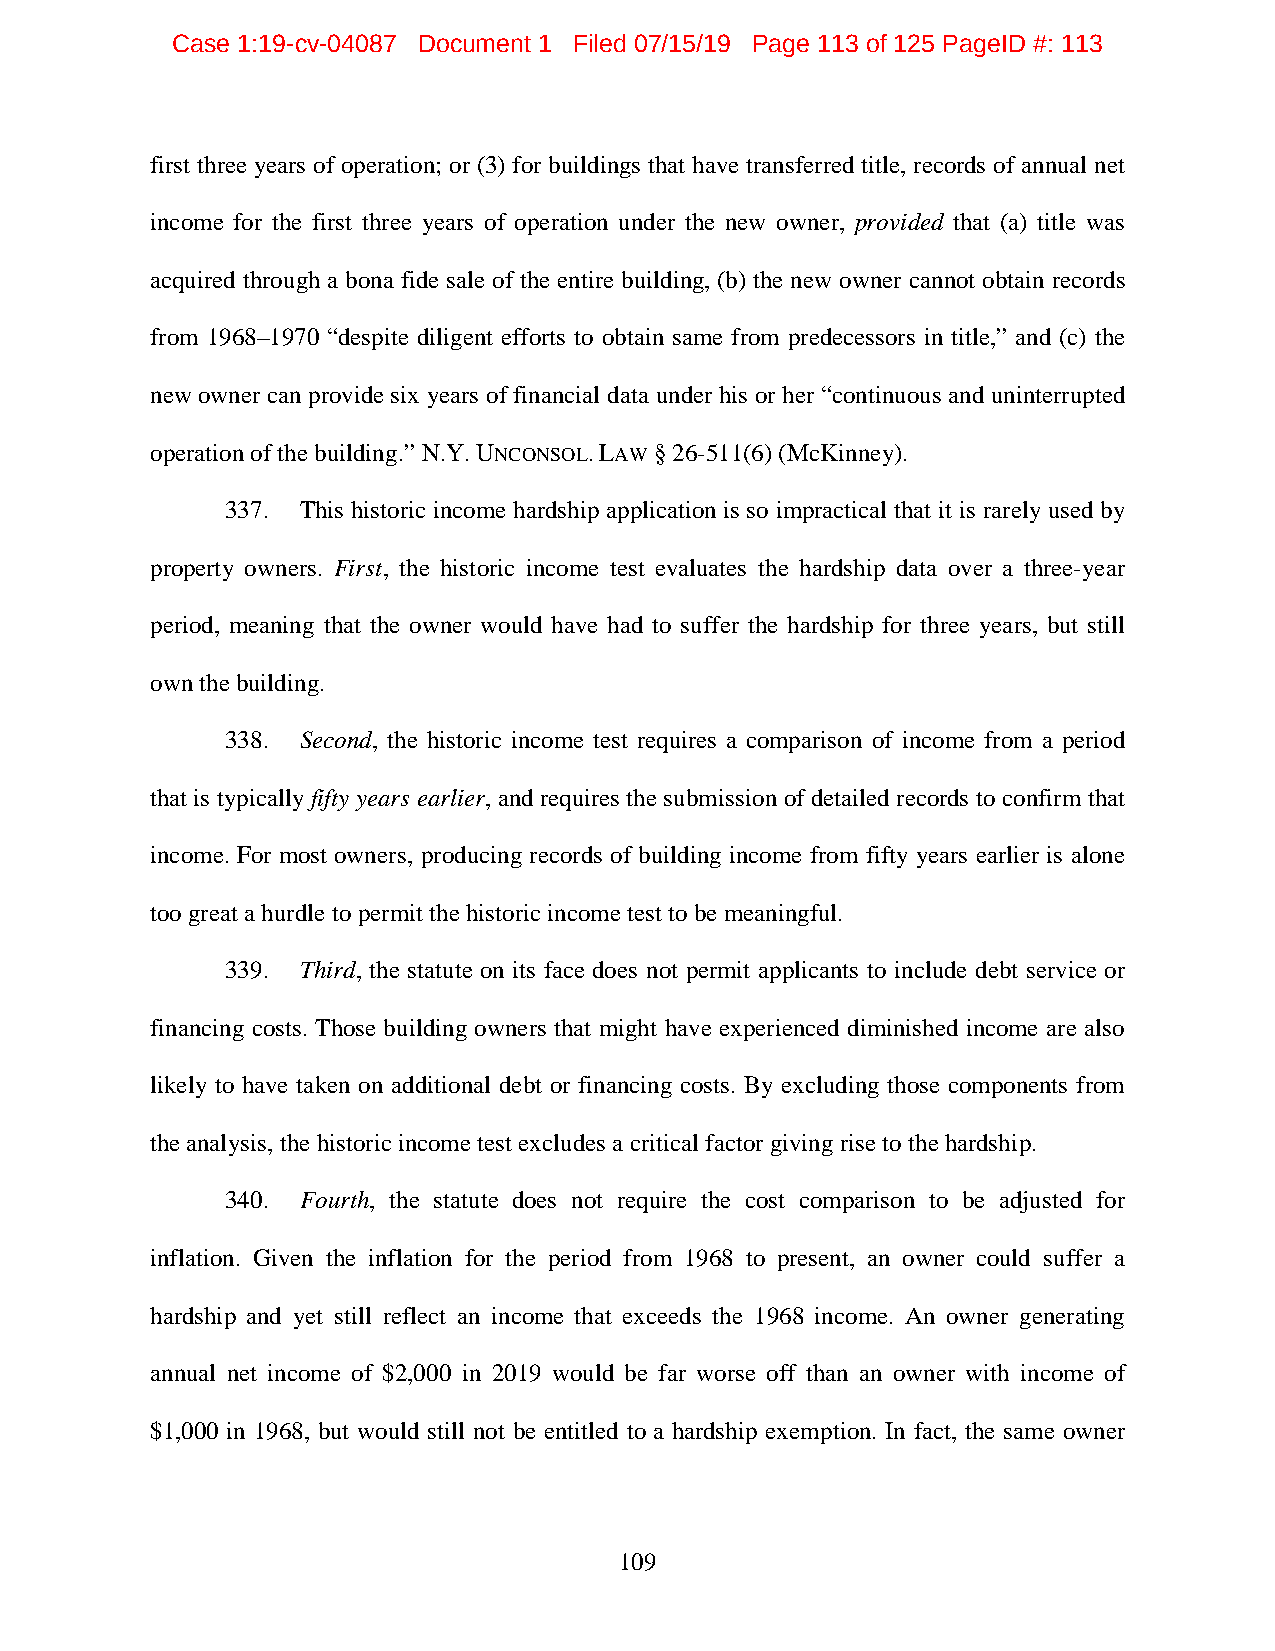
Case 1:19-cv-04087 Document 1 Filed 07/15/19 Page 113 of 125 PageID #: 113
 first three years of operation; or (3) for buildings that have transferred title, records of annual net
 income for the first three years of operation under the new owner, provided that (a) title was
 acquired through a bona fide sale of the entire building, (b) the new owner cannot obtain records
 from 1968–1970 “despite diligent efforts to obtain same from predecessors in title,” and (c) the
 new owner can provide six years of financial data under his or her “continuous and uninterrupted
 operation of the building.” N.Y. UNCONSOL.LAW § 26-511(6) (McKinney).
 337. This historic income hardship application is so impractical that it is rarely used by
 property owners. First, the historic income test evaluates the hardship data over a three-year
 period, meaning that the owner would have had to suffer the hardship for three years, but still
 own the building.
 338. Second, the historic income test requires a comparison of income from a period
 that is typically fifty years earlier, and requires the submission of detailed records to confirm that
 income. For most owners, producing records of building income from fifty years earlier is alone
 too great a hurdle to permit the historic income test to be meaningful.
 339. Third, the statute on its face does not permit applicants to include debt service or
 financing costs. Those building owners that might have experienced diminished income are also
 likely to have taken on additional debt or financing costs. By excluding those components from
 the analysis, the historic income test excludes a critical factor giving rise to the hardship.
 340. Fourth, the statute does not require the cost comparison to be adjusted for
 inflation. Given the inflation for the period from 1968 to present, an owner could suffer a
 hardship and yet still reflect an income that exceeds the 1968 income. An owner generating
 annual net income of $2,000 in 2019 would be far worse off than an owner with income of
 $1,000 in 1968, but would still not be entitled to a hardship exemption. In fact, the same owner
 109